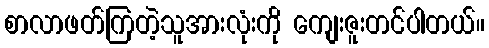
စာလာဖတ်ကြတဲ့သူအားလုံးကို ကျေးဇူးတင်ပါတယ်။